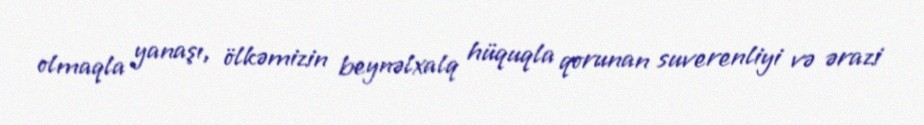
olmaqla yanaşı, ölkəmizin beynəlxalq hüquqla qorunan suverenliyi və ərazi